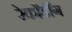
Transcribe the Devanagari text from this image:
रेकौर्डींग